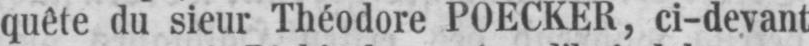
quête du sieur Théodore POECKER, ci-devant